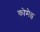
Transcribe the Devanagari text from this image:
कोमेइ